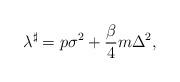
LaTeX: \begin{align*}\lambda^\sharp = p\sigma^2 + \frac{\beta}{4} m\Delta^2, \end{align*}